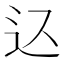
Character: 𲅋